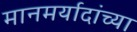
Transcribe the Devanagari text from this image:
मानमर्यादांच्या